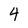
Character: 4